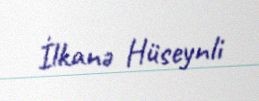
İlkanə Hüseynli